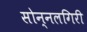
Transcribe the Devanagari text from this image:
सोन्नलगिरी